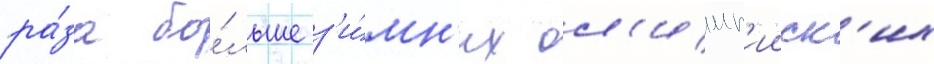
ра́за бо́льше з'и́мн'их ол'имп'ииск'их